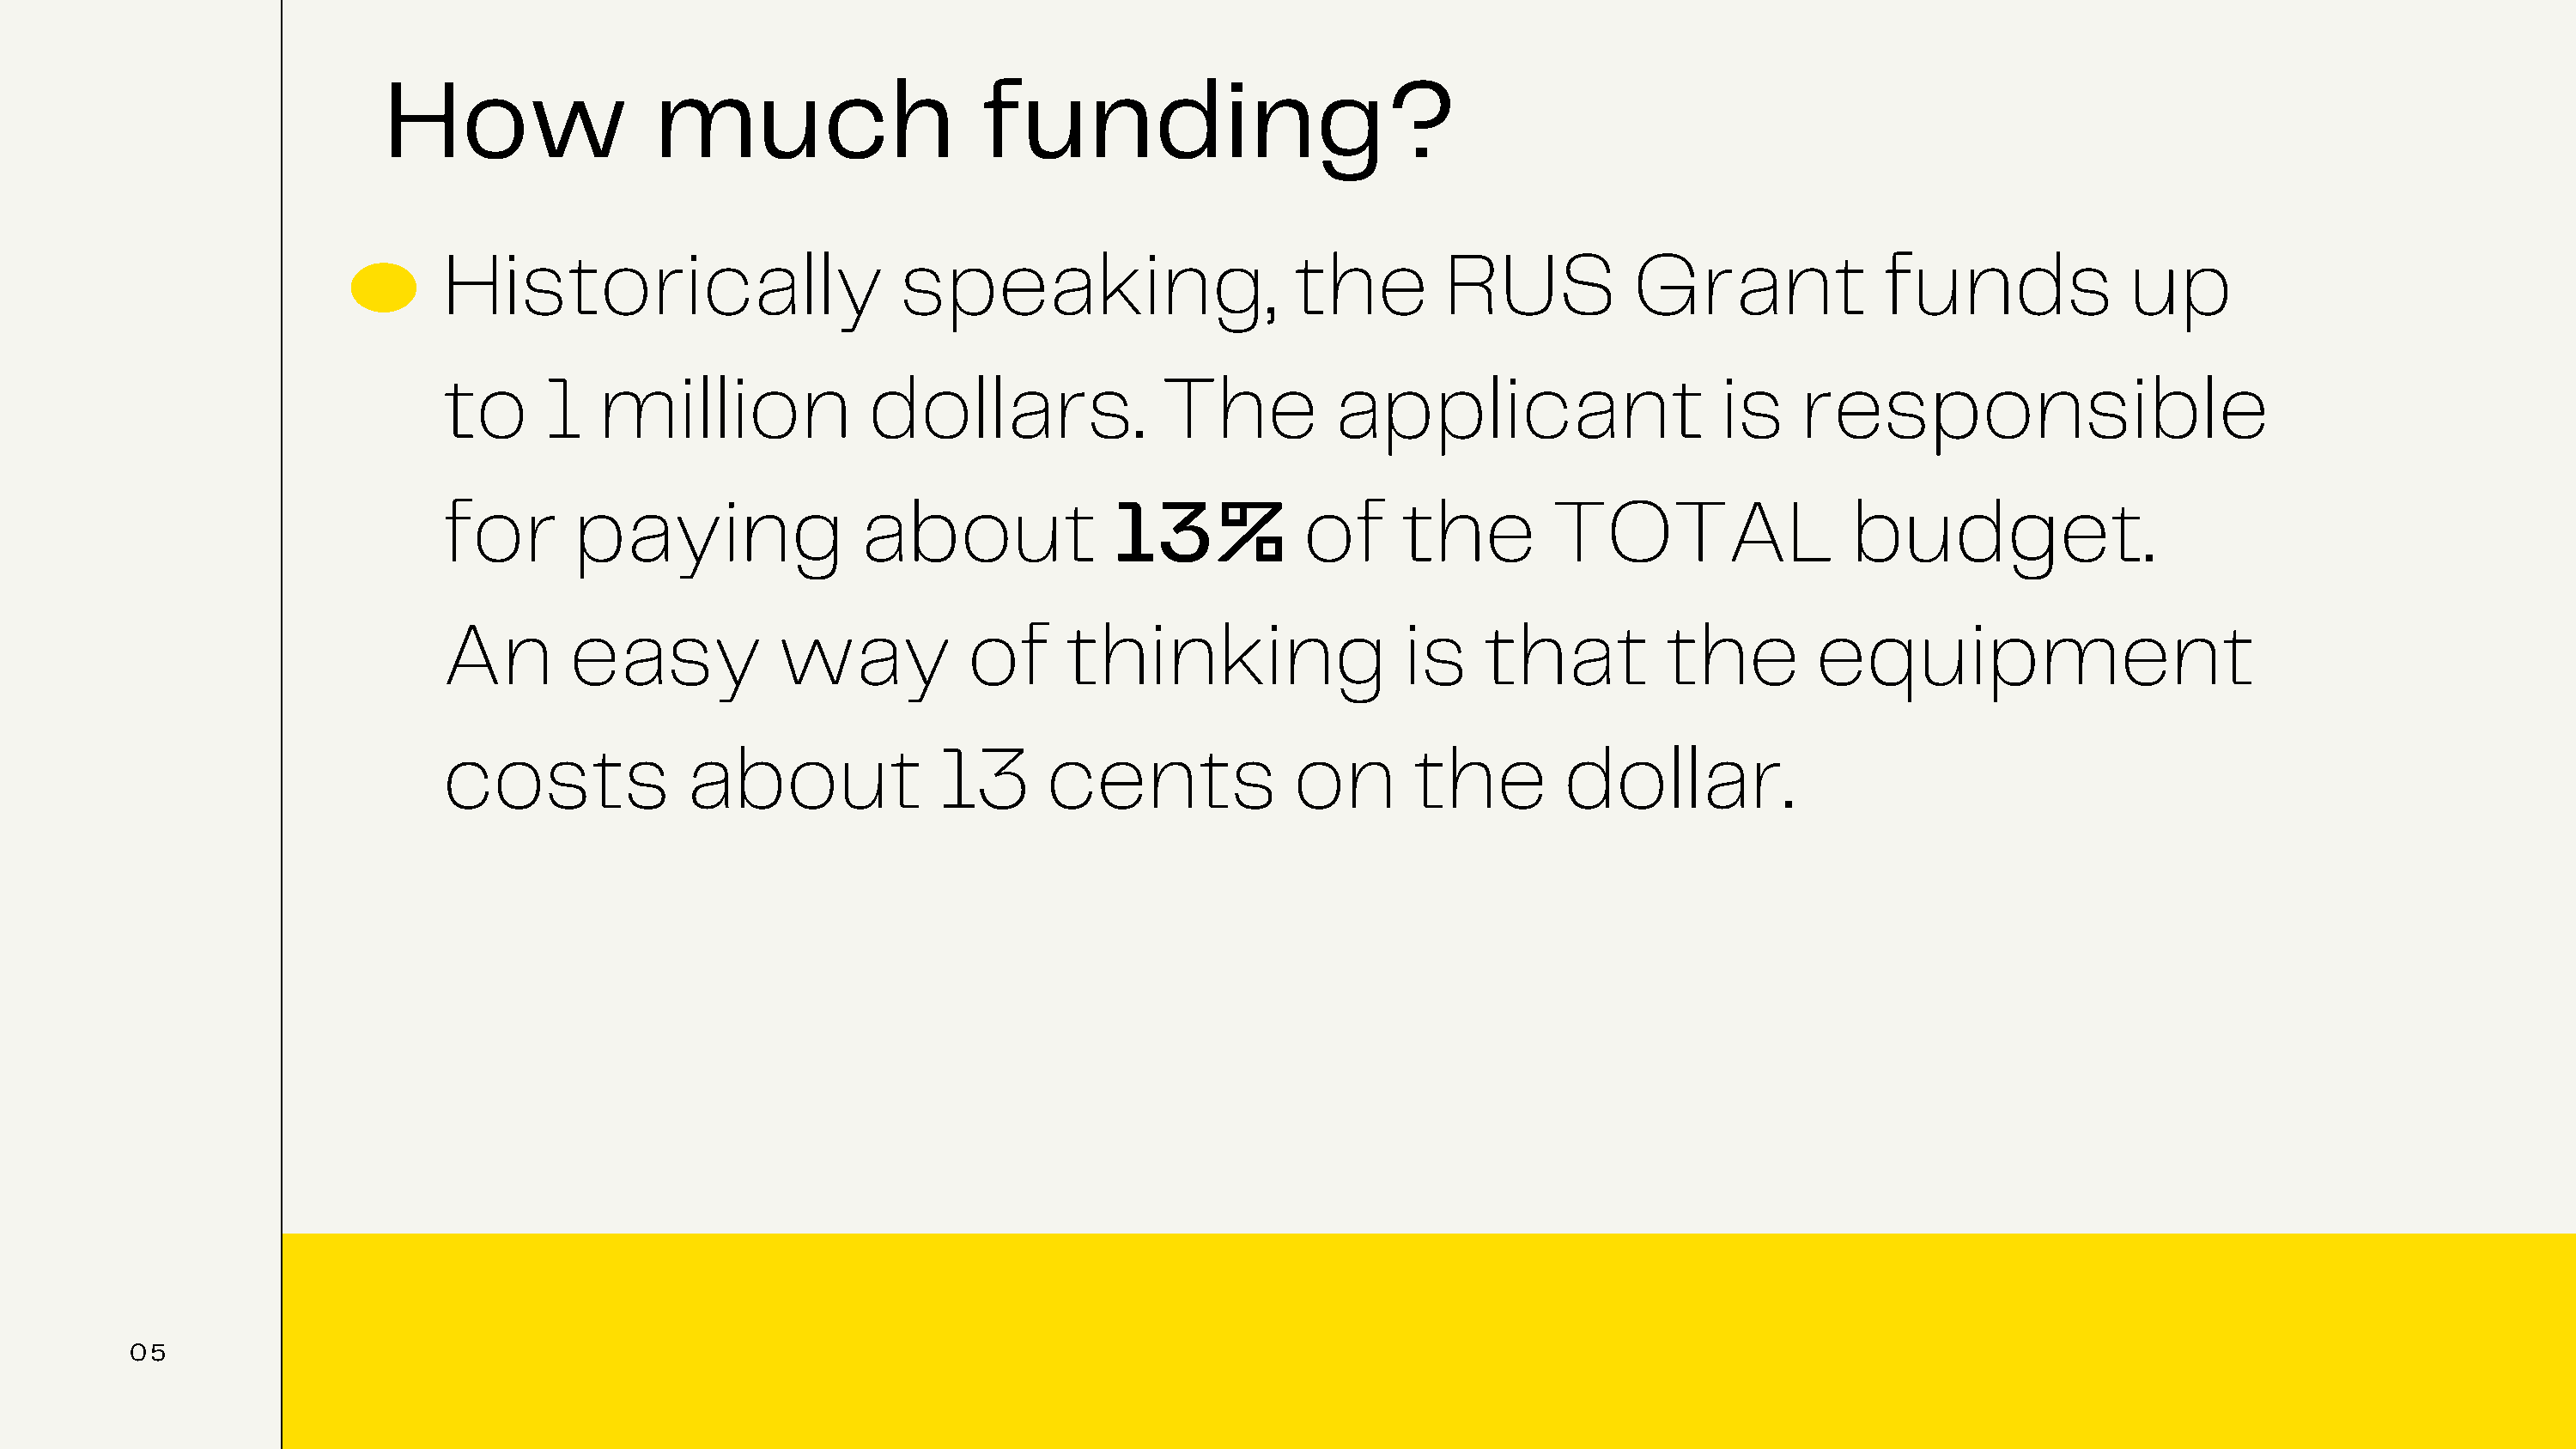
How                 much                      funding?
 Historically                       speakin                 g,     the        RUS            Grant              funds              up
 to      1   million              dollars.               The          applicant                     is    responsible
 for       paying                about               13%           of      the         TOTAL                  budget.
 An        easy            way            of     thinking                  is    that          the         equipment
 costs              about              13       cents              on       the         dollar.
 05